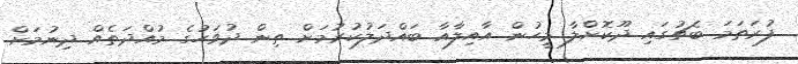
ފުރަތަމަ ބެޗުގައި ދޫކޮށްލާ މީހުން އާއިލާއާ ބައްދަލުކުރުމަށް ތިން ދުވަހުގެ މުއްދަތެއް ދިނުމަށް